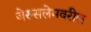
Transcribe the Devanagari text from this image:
जेरुसलेमवरील